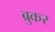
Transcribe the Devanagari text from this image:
ब्रुकर